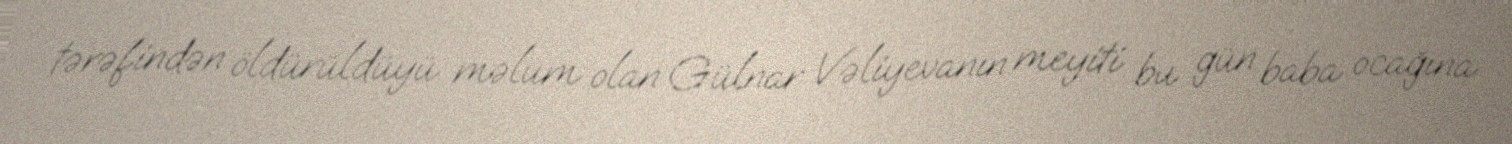
tərəfindən öldürüldüyü məlum olan Gülnar Vəliyevanın meyiti bu gün baba ocağına